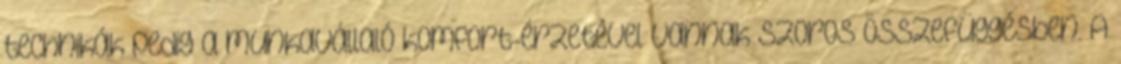
technikák pedig a munkavállaló komfort-érzetével vannak szoros összefüggésben. A